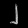
Digit: ၂